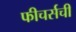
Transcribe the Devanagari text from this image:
फीचर्सची